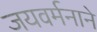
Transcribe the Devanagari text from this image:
जयवर्मनाने